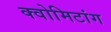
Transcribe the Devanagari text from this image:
क्वोमिटांग